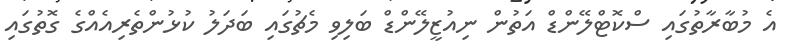
އެ މުބާރާތުގައި ސްކޮޓްލޭންޑް އަތުން ނިއުޒީލޭންޑް ބަލިވި މެޗުގައި ބަދަލު ކުޅުންތެރިއެއްގެ ގޮތުގައި